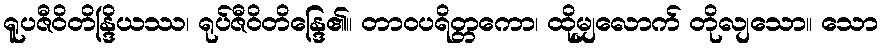
ရူပဇီဝိတိန္ဒြိယဿ၊ ရုပ်ဇီဝိတိန္ဒြေ၏။ တာဝပရိတ္တကော၊ ထိုမျှလောက် တိုလျသော။ သော